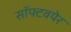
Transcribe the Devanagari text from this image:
सॉफ्टवयेर